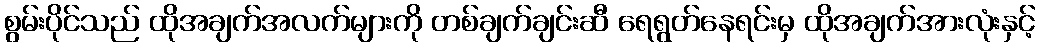
စွမ်းပိုင်သည် ထိုအချက်အလက်များကို တစ်ချက်ချင်းဆီ ရေရွတ်နေရင်းမှ ထိုအချက်အားလုံးနှင့်